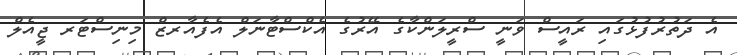
އެ ދަތުރުފުޅުގައި ރައީސް ވަނީ ސްރީލަންކާގެ އޭރުގެ އެކްސްޓާނަލް އެފެއާރޒް މިނިސްޓަރ ޖީއެލް